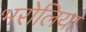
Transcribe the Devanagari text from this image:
भरोलिया